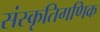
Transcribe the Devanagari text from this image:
संस्कृतिगणिक